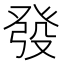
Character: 發